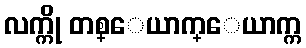
လက္ကို တစ္ေယာက္ေယာက္က